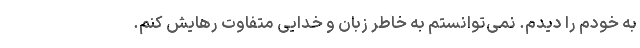
به خودم را دیدم. نمی‌توانستم به خاطر زبان و خدایی متفاوت رهایش کنم.